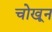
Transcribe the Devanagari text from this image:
चोखून